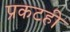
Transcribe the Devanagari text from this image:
प्रकटही